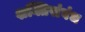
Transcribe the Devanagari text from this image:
शक्तिसंबंध